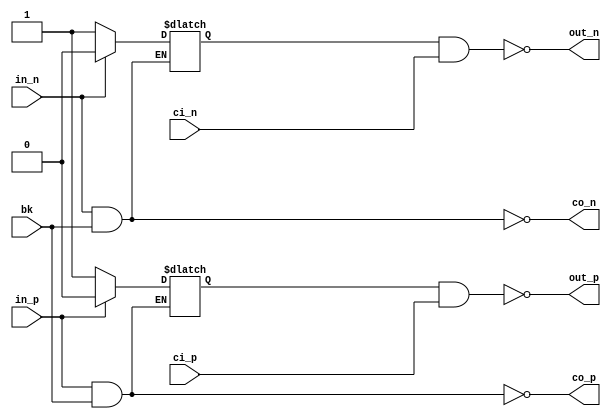
// SPDX-License-Identifier: Apache-2.0
// Copyright (C) 2019 Intel Corporation. 

//---------------------------------------------------------------------------------------------------------------------------------------------
//  io_cmos_nand_x1
//---------------------------------------------------------------------------------------------------------------------------------------------

module io_cmos_nand_x1 (
input         in_p,
input         in_n,
input         bk,
input         ci_p,
input         ci_n,
output        out_p,
output        out_n,
output        co_p,
output        co_n
);

`ifdef TIMESCALE_EN
                timeunit 1ps;
                timeprecision 1ps;
`endif

parameter   NAND_DELAY = 20;

reg    tp;
reg    tn;

assign #NAND_DELAY co_p  = ~(in_p & bk);

always @(*)
  if (~in_p)    tp <= #NAND_DELAY 1'b1;
  else if (~bk) tp <= #NAND_DELAY 1'b0;

assign #NAND_DELAY out_p = ~(tp & ci_p);

assign #NAND_DELAY co_n  = ~(in_n & bk);

always @(*)
  if (~in_n)    tn <= #NAND_DELAY 1'b1;
  else if (~bk) tn <= #NAND_DELAY 1'b0;

assign #NAND_DELAY out_n = ~(tn & ci_n);

endmodule